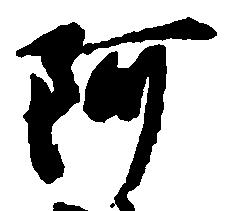
阿